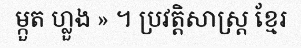
ម្កួត ហ្លួង » ។ ប្រវត្តិសាស្ត្រ ខ្មែរ